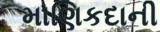
માણિકદાની